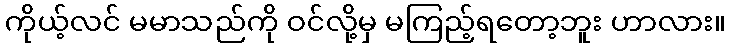
ကိုယ့်လင် မမာသည်ကို ဝင်လို့မှ မကြည့်ရတော့ဘူး ဟာလား။